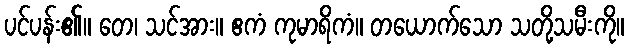
ပင်ပန်း၏။ တေ၊ သင်အား။ ဧကံ ကုမာရိကံ။ တယောက်သော သတို့သမီးကို။